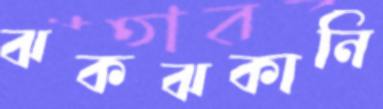
ঝকঝকানি